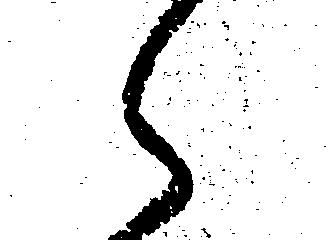
え